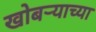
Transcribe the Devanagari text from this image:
खोबऱ्याच्या